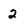
Character: 2